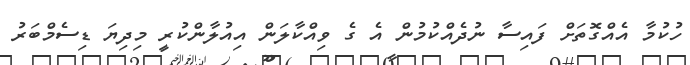
ހުކުމާ އެއްގޮތަށް ފައިސާ ނުދެއްކުމުން އެ ގެ ވިއްކާލަން އިއުލާންކުރީ މިދިޔަ ޑިސެމްބަރު